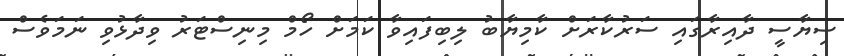
ސިޔާސީ ދާއިރާގައި ސަރުކާރަށް ކާމިޔާބު ލިބިފައިވާ ކަމަށް ހޯމް މިނިސްޓަރު ވިދާޅުވި ނަމަވެސް